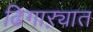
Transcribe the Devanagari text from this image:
ढिगाऱ्यात